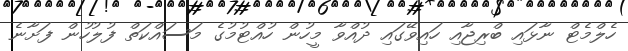
ހެލްމެޓް ނާޅައި ބްރިޖާއި ހައިވޭގައި ދުއްވާ މީހުން ހުއްޓުމުގެ މަސައްކަތް ފުލުހުން ފަށާނެ